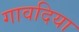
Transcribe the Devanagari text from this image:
गावदिया